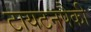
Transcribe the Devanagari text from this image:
टायटनपैकी